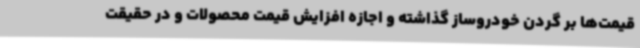
قیمت‌ها بر گردن خودروساز گذاشته و اجازه افزایش قیمت محصولات و در حقیقت